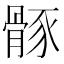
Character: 𩩒